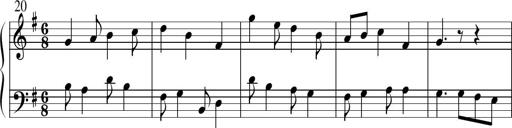
Title: Sonatine No.1 in E minor
Composer: Klaus Jung
Key: E minor